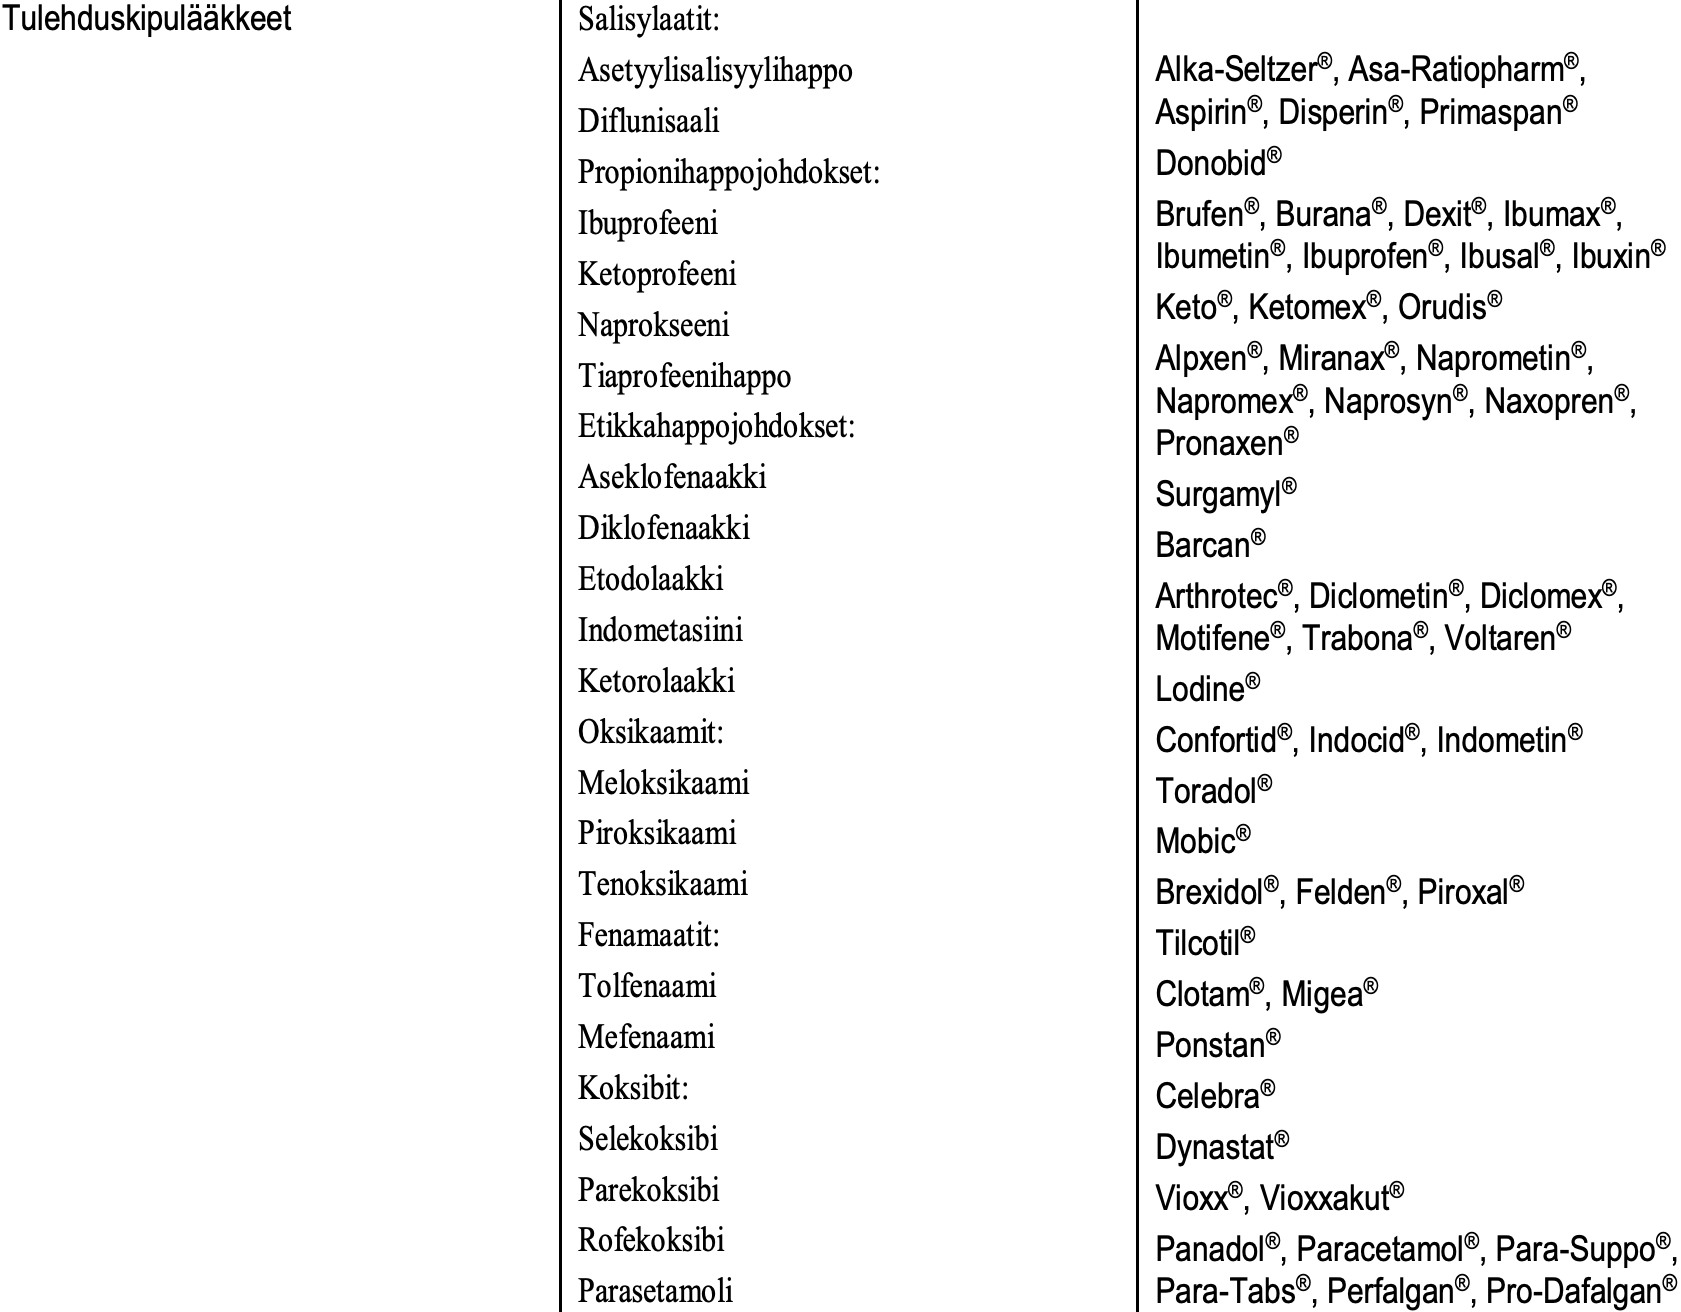
Tulehduskipulääkkeet Salisylaatit: Asetyylisalisyylihappo Alka-Seltzer®, Asa-Ratiopharm®, Diflunisaali        Aspirin®, Disperin®, Primaspan® Propionihappojohdokset: Donobid® Ibuprofeeni         Brufen®, Burana®, Dexit®, Ibumax®, Ibumetin®, Ibuprofen®, Ibusal®, Ibuxin® Ketoprofeeni Keto®, Ketomex®, Orudis® Naprokseeni Alpxen®, Miranax®, Naprometin®, Tiaprofeenihappo Napromex®, Naprosyn®, Naxopren®, Etikkahappojohdokset: Pronaxen® Aseklofenaakki Surgamyl® Diklofenaakki Barcan® Etodolaakki Arthrotec®, Diclometin®, Diclomex®, Indometasiini       Motifene®, Trabona®, Voltaren® Ketorolaakki        Lodine® Oksikaamit:         Confortid®, Indocid®, Indometin® Meloksikaami        Toradol® Piroksikaami        Mobic® Tenoksikaami        Brexidol®, Felden®, Piroxal® Fenamaatit:         Tilcotil® Tolfenaami          Clotam®, Migea® Mefenaami           Ponstan® Koksibit:           Celebra® Selekoksibi         Dynastat® Parekoksibi         Vioxx®, Vioxxakut® Rofekoksibi         Panadol®, Paracetamol®, Para-Suppo®, Parasetamoli        Para-Tabs®, Perfalgan®, Pro-Dafalgan®